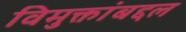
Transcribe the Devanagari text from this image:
विमुक्तांबद्दल